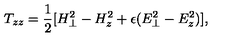
T _ { z z } = { \frac { 1 } { 2 } } [ H _ { \perp } ^ { 2 } - H _ { z } ^ { 2 } + \epsilon ( E _ { \perp } ^ { 2 } - E _ { z } ^ { 2 } ) ] ,